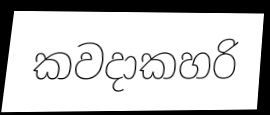
කවදාකහරි